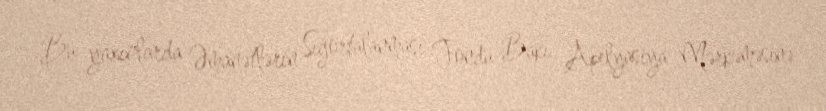
Bu yaxınlarda Əmanətlərin Sığortalanması Fondu Bakı Apelyasiya Mərkəməsinə